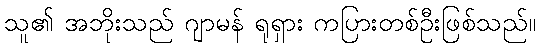
သူ၏ အဘိုးသည် ဂျာမန် ရုရှား ကပြားတစ်ဦးဖြစ်သည်။